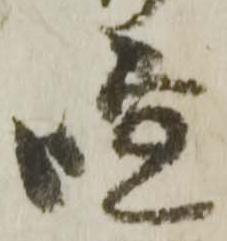
喧